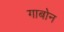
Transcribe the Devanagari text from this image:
गाबोन